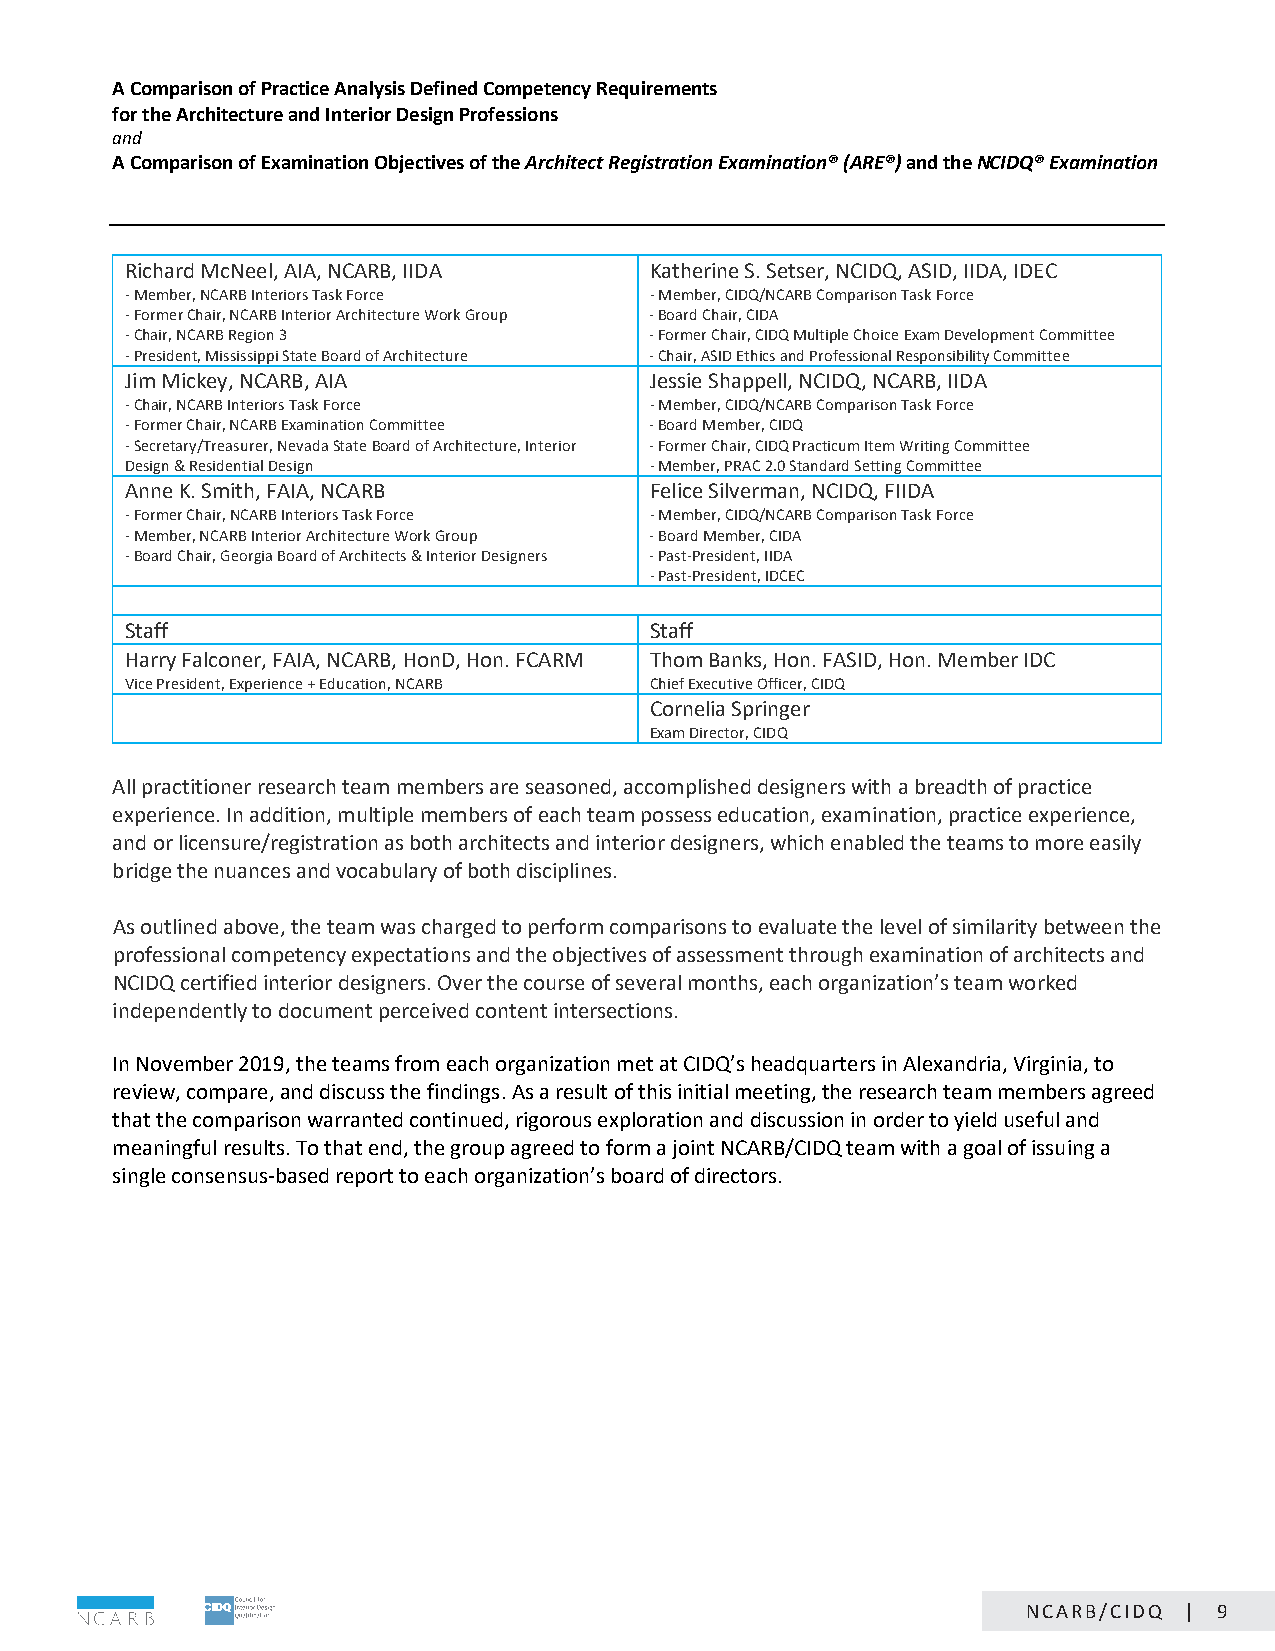
A Comparison of Practice Analysis Defined Competency Requirements
 for the Architecture and Interior Design Professions
 and
 A Comparison of Examination Objectives of the Architect Registration Examination® (ARE®) and the NCIDQ® Examination
 Richard McNeel, AIA, NCARB, IIDA   Katherine S. Setser, NCIDQ, ASID, IIDA, IDEC
 - Member, NCARB Interiors Task Force - Member, CIDQ/NCARB Comparison Task Force
 - Former Chair, NCARB Interior Architecture Work Group - Board Chair, CIDA
 - Chair, NCARB Region 3            - Former Chair, CIDQ Multiple Choice Exam Development Committee
 - President, Mississippi State Board of Architecture - Chair, ASID Ethics and Professional Responsibility Committee
 Jim Mickey, NCARB, AIA             Jessie Shappell, NCIDQ, NCARB, IIDA
 - Chair, NCARB Interiors Task Force - Member, CIDQ/NCARB Comparison Task Force
 - Former Chair, NCARB Examination Committee - Board Member, CIDQ
 - Secretary/Treasurer, Nevada State Board of Architecture, Interior - Former Chair, CIDQ Practicum Item Writing Committee
 Design & Residential Design        - Member, PRAC 2.0 Standard Setting Committee
 Anne K. Smith, FAIA, NCARB         Felice Silverman, NCIDQ, FIIDA
 - Former Chair, NCARB Interiors Task Force - Member, CIDQ/NCARB Comparison Task Force
 - Member, NCARB Interior Architecture Work Group - Board Member, CIDA
 - Board Chair, Georgia Board of Architects & Interior Designers - Past-President, IIDA
 - Past-President, IDCEC
 Staff                              Staff
 Harry Falconer, FAIA, NCARB, HonD, Hon. FCARM Thom Banks, Hon. FASID, Hon. Member IDC
 Vice President, Experience + Education, NCARB Chief Executive Officer, CIDQ
 Cornelia Springer
 Exam Director, CIDQ
 All practitioner research team members are seasoned, accomplished designers with a breadth of practice
 experience. In addition, multiple members of each team possess education, examination, practice experience,
 and or licensure/registration as both architects and interior designers, which enabled the teams to more easily
 bridge the nuances and vocabulary of both disciplines.
 As outlined above, the team was charged to perform comparisons to evaluate the level of similarity between the
 professional competency expectations and the objectives of assessment through examination of architects and
 NCIDQ certified interior designers. Over the course of several months, each organization’s team worked
 independently to document perceived content intersections.
 In November 2019, the teams from each organization met at CIDQ’s headquarters in Alexandria, Virginia, to
 review, compare, and discuss the findings. As a result of this initial meeting, the research team members agreed
 that the comparison warranted continued, rigorous exploration and discussion in order to yield useful and
 meaningful results. To that end, the group agreed to form a joint NCARB/CIDQ team with a goal of issuing a
 single consensus-based report to each organization’s board of directors.
 Page 9 of 24
 NCARB/CIDQ | 9